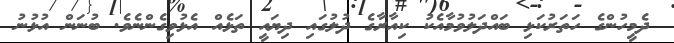
ދެމީހުންގެ ހަތަރުކަޅި ބައްދަލުވުމާއެކު ކިއާރާގެ ދުލުގައި ދިޔައީ ތަޅެއް އެޅުވިގެންނެވެ. ބުނަން އުޅުނު